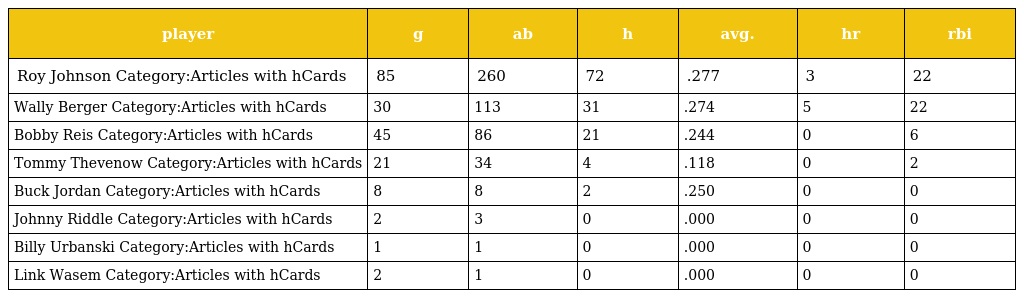
| player | g | ab | h | avg. | hr | rbi |
 | --- | --- | --- | --- | --- | --- | --- |
 | Roy Johnson Category:Articles with hCards | 85 | 260 | 72 | .277 | 3 | 22 |
 | Wally Berger Category:Articles with hCards | 30 | 113 | 31 | .274 | 5 | 22 |
 | Bobby Reis Category:Articles with hCards | 45 | 86 | 21 | .244 | 0 | 6 |
 | Tommy Thevenow Category:Articles with hCards | 21 | 34 | 4 | .118 | 0 | 2 |
 | Buck Jordan Category:Articles with hCards | 8 | 8 | 2 | .250 | 0 | 0 |
 | Johnny Riddle Category:Articles with hCards | 2 | 3 | 0 | .000 | 0 | 0 |
 | Billy Urbanski Category:Articles with hCards | 1 | 1 | 0 | .000 | 0 | 0 |
 | Link Wasem Category:Articles with hCards | 2 | 1 | 0 | .000 | 0 | 0 |